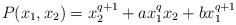
LaTeX: \begin{align*}P(x_1,x_2)=x_2^{q+1}+ax_1^qx_2+bx_1^{q+1}\end{align*}